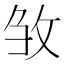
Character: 𭣦